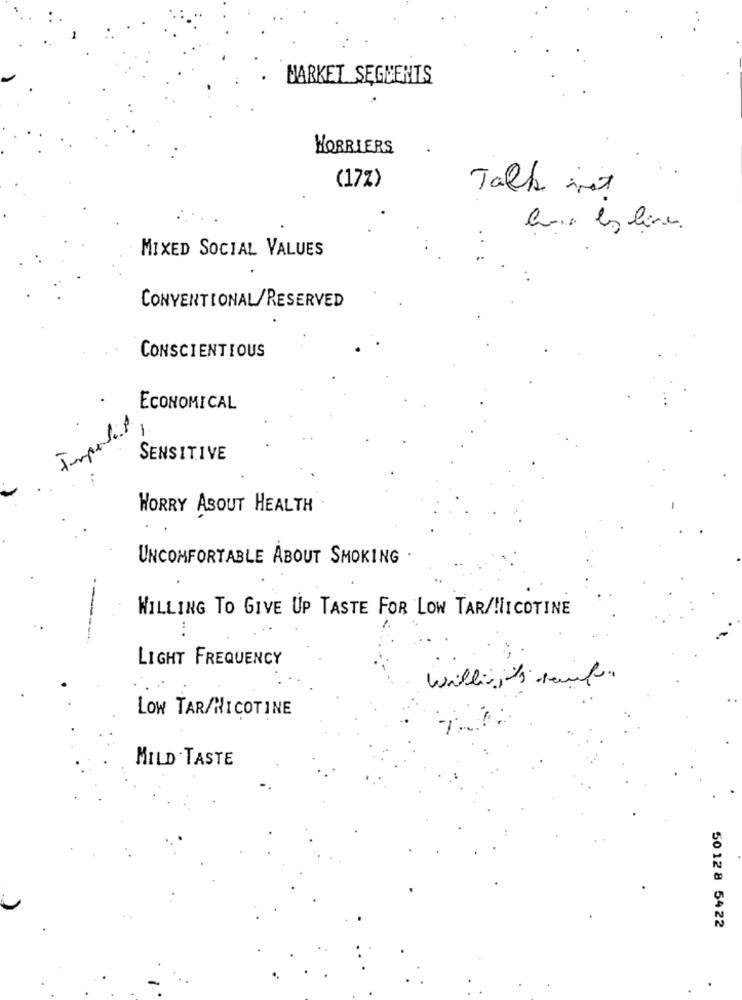
MARKET SEGMENTS
WORRIERS
(17%)
Talk mot
MIXED SOCIAL VALUES
CONVENTIONAL/RESERVED
CONSCIENTIOUS
ECONOMICAL
1
SENSITIVE
WORRY ABOUT HEALTH
UNCOMFORTABLE ABOUT SMOKING
WILLING TO GIVE UP TASTE FOR LOW TAR/NICOTINE
LIGHT FREQUENCY
Willieits sauf.
LOW TAR/NICOTINE
MILD TASTE
50 12 8 54 22